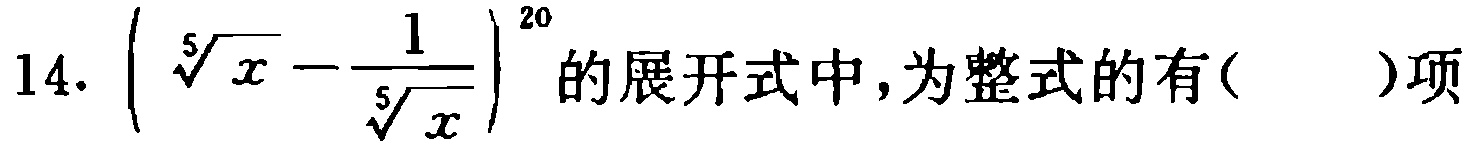
14. $\left(\sqrt[5]{x}-\frac{1}{\sqrt[5]{x}}\right)^{20}$的展开式中，为整式的有( )项